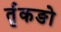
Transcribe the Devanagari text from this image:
र्तृकङो